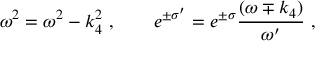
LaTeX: \omega ^ { 2 } = \omega ^ { 2 } - k _ { 4 } ^ { 2 } \ , \qquad e ^ { \pm \sigma ^ { \prime } } = e ^ { \pm \sigma } { \frac { ( \omega \mp k _ { 4 } ) } { \omega ^ { \prime } } } \ ,